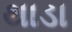
થાડા